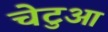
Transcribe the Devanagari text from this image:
चेटुआ